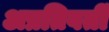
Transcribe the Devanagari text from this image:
अप्रतिवर्ती